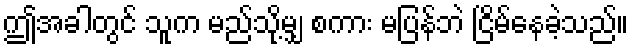
ဤအခါတွင် သူက မည်သို့မျှ စကား မပြန်ဘဲ ငြိမ်နေခဲ့သည်။